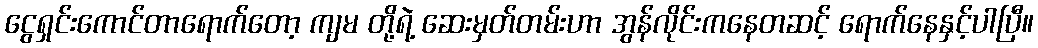
ငွေရှင်းကောင်တာရောက်တော့ ကျမ တို့ရဲ့ ဆေးမှတ်တမ်းဟာ အွန်လိုင်းကနေတဆင့် ရောက်နေနှင့်ပါပြီ။